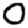
Digit: 0